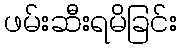
ဖမ်းဆီးရမိခြင်း